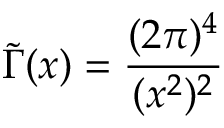
\tilde { \Gamma } ( x ) = \frac { ( 2 \pi ) ^ { 4 } } { ( x ^ { 2 } ) ^ { 2 } }